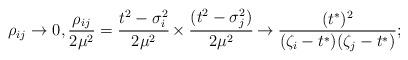
LaTeX: \begin{align*} \rho_{ij}\to 0, \frac{\rho_{ij}}{2\mu^2}=\cfrac{t^2 -\sigma_i^2}{2\mu^2} \times\cfrac{ (t^2 - \sigma_j^2)}{2\mu^2} \rightarrow \frac{(t^*)^2}{(\zeta_i-t^*)(\zeta_j-t^*)};\end{align*}